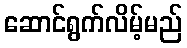
ဆောင်ရွက်လိမ့်မည်